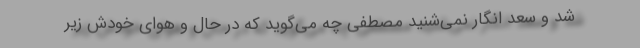
شد و سعد انگار نمی‌شنید مصطفی چه می‌گوید که در حال و هوای خودش زیر